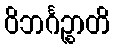
ဝိဘင်္ဂဉ္စာတိ